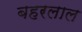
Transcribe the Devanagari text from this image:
बहरलाल